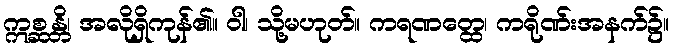
ဣစ္ဆန္တိ၊ အလိုရှိကုန်၏။ ဝါ၊ သို့မဟုတ်။ ကရဏတ္ထေ၊ ကရိုဏ်းအနက်၌။